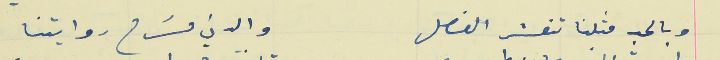
وبالحب مثلنا تنفسَ الفصل                                       والدني مسَرح روايتنا